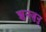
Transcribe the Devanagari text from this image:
झुनजुनु